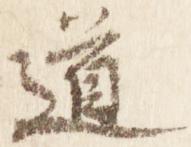
道